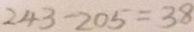
2 4 3 - 2 0 5 = 3 8